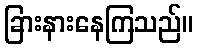
ခြားနားနေကြသည်။